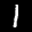
Label: 1